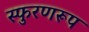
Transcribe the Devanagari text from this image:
स्फुरणरूप